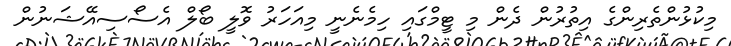
މިކުޅުންތެރިންގެ އިތުރުން ދެން މި ޓީމްގައި ހިމެނެނީ މިއަހަރު ވޮލީ ބޯލް އެސޯސިއޭޝަނުން